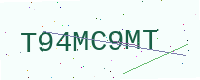
Text: T94MC9MT